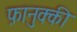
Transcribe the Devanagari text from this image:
फ़ानुक्की